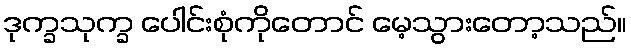
ဒုက္ခသုက္ခ ပေါင်းစုံကိုတောင် မေ့သွားတော့သည်။